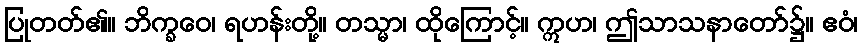
ပြုတတ်၏။ ဘိက္ခဝေ၊ ရဟန်းတို့။ တသ္မာ၊ ထိုကြောင့်။ ဣဟ၊ ဤသာသနာတော်၌။ ဧဝံ၊